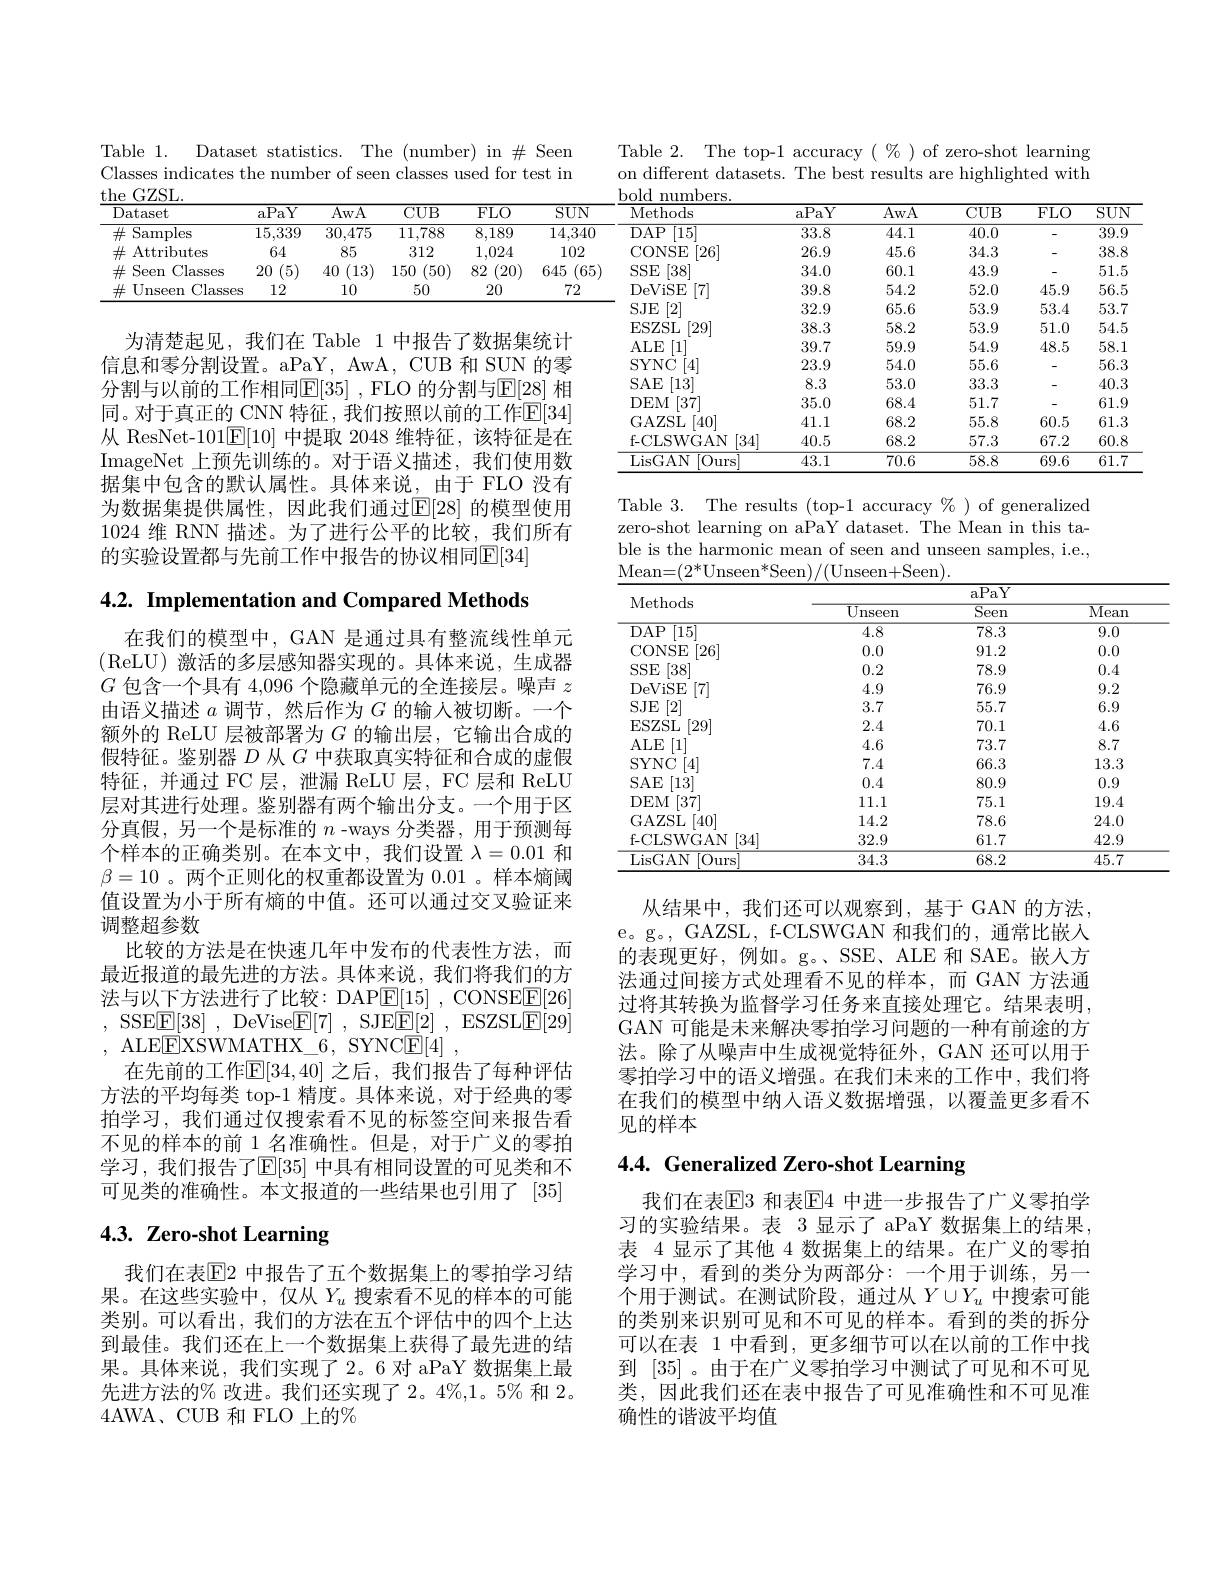
Table 1.
Dataset statistics. The (number) in $\#$ Seen
Classes indicates the number of seen classes used for test in
$\underline{\mathrm{the~GZSL}}$

$\overline{\mathrm{CUB}}$

$\overline{{\mathrm{FLO}}}$

${\overline{{\mathrm{aPaY}}}}$

$\overline{\mathrm{AwA}}$

$\frac{\frac{\mathrm{Dataset}}{\mathrm{Dataset}}}{\mathrm{Dataset}}$

${\frac{15,339\:30,475\:11,788}}$

$\overline{8,189}$

${\overline{\#\text{ Samples}}}$

$\#$ Attributes

64

85

312

1,024

20 (5) 40 (13) 150 (50) 82 (20) 645

$\#$ Seen Classes

12

10

20

$\#$Unseen Classes

50

为清楚起见，我们在 Table 1 中报告了数据集统计信息和零分割设置。aPaY, AwA, CUB 和 SUN 的零分割与以前的工作相同$\mathbb{E}[35]$ ,FLO 的分割与$\mathbb{E}[28]$ 相同。对于真正的 CNN 特征，我们按照以前的工作$\overline{\mathrm{E}}[34]$ 从 ResNet-101$\underline{\mathrm{E}}[10]$中提取 2048 维特征，该特征是在ImageNet 上预先训练的。对于语义描述，我们使用数据集中包含的默认属性。具体来说，由于 FLO 没有为数据集提供属性，因此我们通过$\mathbb{E}[28]$ 的模型使用1024 维 RNN 描述。为了进行公平的比较，我们所有的实验设置都与先前工作中报告的协议相同$\mathbb{E}[34]$

$4. 2. \textbf{ Implementation and Compared Methods}$

在我们的模型中，GAN 是通过具有整流线性单元(ReLU)激活的多层感知器实现的。具体来说，生成器$G$包含一个具有 4,096 个隐藏单元的全连接层。噪声$z$ 由语义描述$a$调节，然后作为$G$的输入被切断。一个额外的 ReLU 层被部署为$G$的输出层，它输出合成的假特征。鉴别器$D$从$G$中获取真实特征和合成的虚假特征，并通过 FC 层，泄漏 ReLU 层，FC 层和 ReLU 层对其进行处理。鉴别器有两个输出分支。一个用于区分真假，另一个是标准的$n$ -ways 分类器，用于预测每个样本的正确类别。在本文中，我们设置$\lambda=0.01$和$\beta=10$ 。两个正则化的权重都设置为0.01 。样本熵阈值设置为小于所有熵的中值。还可以通过交叉验证来调整超参数
比较的方法是在快速几年中发布的代表性方法，而最近报道的最先进的方法。具体来说，我们将我们的方法与以下方法进行了比较：DAP$\underline {\mathrm{E} }[ 15]$ , CONSEE[26] . SSE$\boxed{\mathrm{F} }[ 38]$ , DeVise$\boxed{\mathrm{F} }[ 7]$ , SJE$\boxed{\mathrm{F} }[ 2]$ , ESZSL$\boxed{\mathrm{F} }[ 29]$ , ALEE$\underline {\mathrm{E} }\underline {\mathrm{XSWMATHX\_ 6, ~SYNC}}\underline {\mathrm{E} }[ 4]$ ,
在先前的工作$\mathbb{E}[34,40]$ 之后，我们报告了每种评估方法的平均每类 top-1 精度。具体来说，对于经典的零拍学习，我们通过仅搜索看不见的标签空间来报告看不见的样本的前 1\_名准确性。但是，对于广义的零拍学习，我们报告了$\mathbb{E}[35]$ 中具有相同设置的可见类和不可见类的准确性。本文报道的一些结果也引用了[35]

# 4.3. Zero-shot Learning

我们在表$\mathbb{E}$2 中报告了五个数据集上的零拍学习结果。在这些实验中，仅从$Y_u$搜索看不见的样本的可能类别。可以看出，我们的方法在五个评估中的四个上达到最佳。我们还在上一个数据集上获得了最先进的结果。具体来说，我们实现了2。6 对 aPaY 数据集上最先进方法的% 改进。我们还实现了 2。4%,1。5% 和 2。4AWA、CUB 和 FLO 上的%

Table 2. The top-1 accuracy $(\begin{array}{c}\%\\\end{array})$ of zero-shot learning on different datasets. The best results are highlighted with

$\overline{SUN}$ 10272
<table>
	<tbody>
		<tr>
			<th> </th>
			<th>Methods</th>
			<th>aPaY</th>
			<th>AwA</th>
			<th>$CUB$</th>
			<th>$FLO$</th>
			<th>$\overline{\mathrm{SUN}}$</th>
		</tr>
		<tr>
			<td rowspan="2">0</td>
			<td>$DAP$ [15]</td>
			<td>33.8</td>
			<td>44.1</td>
			<td>40.0</td>
			<td> </td>
			<td>39.9</td>
		</tr>
		<tr>
			<td>CONSE [26]</td>
			<td>26.9</td>
			<td>45.6</td>
			<td>34.3</td>
			<td> </td>
			<td>38.8</td>
		</tr>
		<tr>
			<td>5</td>
			<td>$SSE$ [38]</td>
			<td>34.0</td>
			<td>60.1</td>
			<td>43.9</td>
			<td> </td>
			<td>51.5</td>
		</tr>
		<tr>
			<td> </td>
			<td>DeViSE [7]</td>
			<td>39.8</td>
			<td>54.2</td>
			<td>52.0</td>
			<td>45.9</td>
			<td>56.5</td>
		</tr>
		<tr>
			<td> </td>
			<td>$SJE$ $\left|2\right|$</td>
			<td>32.9</td>
			<td>65.6</td>
			<td>53.9</td>
			<td>53.4</td>
			<td>53.7</td>
		</tr>
		<tr>
			<td> </td>
			<td>ESZSL [29]</td>
			<td>38.3</td>
			<td>58.2</td>
			<td>53.9</td>
			<td>51.0</td>
			<td>54.5</td>
		</tr>
		<tr>
			<td> </td>
			<td>ALE [1]</td>
			<td>39.7</td>
			<td>59.9</td>
			<td>54.9</td>
			<td>48.5</td>
			<td>58.1</td>
		</tr>
		<tr>
			<td> </td>
			<td>SYNC 4</td>
			<td>23.9</td>
			<td>54.0</td>
			<td>55.6</td>
			<td>-</td>
			<td>56.3</td>
		</tr>
		<tr>
			<td> </td>
			<td>$SAE$ [13]</td>
			<td>8.3</td>
			<td>53.0</td>
			<td>33.3</td>
			<td> </td>
			<td>40.3</td>
		</tr>
		<tr>
			<td> </td>
			<td>[37] DEM</td>
			<td>35.0</td>
			<td>68.4</td>
			<td>51.7</td>
			<td>-</td>
			<td>61.9</td>
		</tr>
		<tr>
			<td> </td>
			<td>GAZSL [40]</td>
			<td>41.1</td>
			<td>68.2</td>
			<td>55.8</td>
			<td>60.5</td>
			<td>61.3</td>
		</tr>
		<tr>
			<td> </td>
			<td>f- CLSWGAN [34]</td>
			<td>40.5</td>
			<td>68.2</td>
			<td>57.3</td>
			<td>67.2</td>
			<td>60.8</td>
		</tr>
		<tr>
			<td> </td>
			<td>LisGAN [0urs</td>
			<td>43.1</td>
			<td>70.6</td>
			<td>58.8</td>
			<td>69.6</td>
			<td>$\overline{61.7}$</td>
		</tr>
	</tbody>
</table>

Table 3. The results (top-1 accuracy $\%)$ of generalized zero-shot learning on aPaY dataset. The Mean in this table is the harmonic mean of seen and unseen samples, i.e., Mean= ( $2^{* }$Unsee$n^{* }$Seen) / ( Unseen+ Seen) .

<table>
	<tbody>
		<tr>
			<th>Methods</th>
			<th>$\overline{{\mathrm{Unseen}}}$</th>
			<th>$\overline{\text{Seen}}$</th>
			<th>$\overline{\text{Mean}}$</th>
		</tr>
		<tr>
			<td>$DAP$ [15]</td>
			<td>4.8</td>
			<td>78.3</td>
			<td>9.0</td>
		</tr>
		<tr>
			<td>CONSE [26]</td>
			<td>0.0</td>
			<td>91.2</td>
			<td>0.0</td>
		</tr>
		<tr>
			<td>$SSE$ $\left|38\right|$</td>
			<td>0.2</td>
			<td>78.9</td>
			<td>0.4</td>
		</tr>
		<tr>
			<td>DeViSE [7]</td>
			<td>4.9</td>
			<td>76.9</td>
			<td>9.2</td>
		</tr>
		<tr>
			<td>$\left[2\right]$ $SJE$</td>
			<td>3.7</td>
			<td>55.7</td>
			<td>6.9</td>
		</tr>
		<tr>
			<td>ESZSL [29]</td>
			<td>2.4</td>
			<td>70.1</td>
			<td>4.6</td>
		</tr>
		<tr>
			<td>[1] ALE</td>
			<td>4.6</td>
			<td>73.7</td>
			<td>8.7</td>
		</tr>
		<tr>
			<td>SYNC [4]</td>
			<td>7.4</td>
			<td>66.3</td>
			<td>13.3</td>
		</tr>
		<tr>
			<td>[13] $SAE$</td>
			<td>0.4</td>
			<td>80.9</td>
			<td>0.9</td>
		</tr>
		<tr>
			<td>[37] DEM</td>
			<td>11.1</td>
			<td>75.1</td>
			<td>19.4</td>
		</tr>
		<tr>
			<td>GAZSL [40]</td>
			<td>14.2</td>
			<td>78.6</td>
			<td>24.0</td>
		</tr>
		<tr>
			<td>f-CLSWGAN [34]</td>
			<td>32.9</td>
			<td>61.7</td>
			<td>42.9</td>
		</tr>
		<tr>
			<td>LisGAN [0urs</td>
			<td>34.3</td>
			<td>68.2</td>
			<td>45.7</td>
		</tr>
	</tbody>
</table>

从结果中，我们还可以观察到，基于 GAN 的方法， e。g。, GAZSL, f-CLSWGAN 和我们的，通常比嵌入的表现更好，例如。g。、SSE、ALE 和 SAE。嵌人方法通过间接方式处理看不见的样本，而 GAN 方法通过将其转换为监督学习任务来直接处理它。结果表明， GAN 可能是未来解决零拍学习问题的一种有前途的方法。除了从噪声中生成视觉特征外，GAN 还可以用于零拍学习中的语义增强。在我们未来的工作中，我们将在我们的模型中纳人语义数据增强，以覆盖更多看不见的样本

# 4.4. Generalized Zero-shot Learning

我们在表$\overline{\mathrm{E}}3$ 和表$\underline{\mathrm{E}}$4 中进一步报告了广义零拍学习的实验结果。表 3 显示了 aPaY 数据集上的结果， 表 4显示了其他 4 数据集上的结果。在广义的零拍学习中，看到的类分为两部分：一个用于训练，另一个用于测试。在测试阶段，通过从$Y\cup Y_u$中搜索可能的类别来识别可见和不可见的样本。看到的类的拆分可以在表 1 中看到，更多细节可以在以前的工作中找到[35]。由于在广义零拍学习中测试了可见和不可见类，因此我们还在表中报告了可见准确性和不可见准确性的谐波平均值